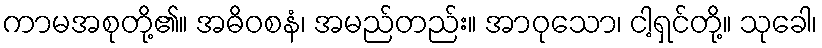
ကာမအစုတို့၏။ အဓိဝစနံ၊ အမည်တည်း။ အာဝုသော၊ ငါ့ရှင်တို့။ သုခေါ၊